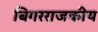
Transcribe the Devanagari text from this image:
बिगरराजकीय